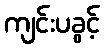
ကျင်းပခွင့်